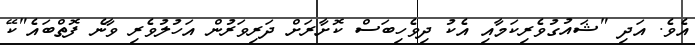
އެވެ. އަދި "ޝައުގުވެރިކަމާއި އެކު ދިވެހިބަސް ކޮށާރަށް ދަރިވަރުން އަހުލުވެރި ވާނެ ފޮތްބައެ"ކޭ